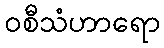
ဝစီသံဟာရော